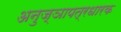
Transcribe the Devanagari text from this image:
अनुज्ञापत्रधारक